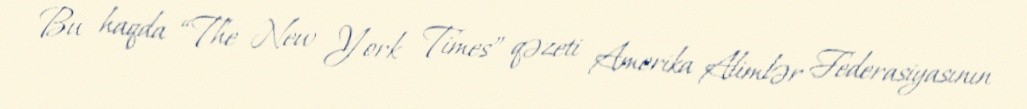
Bu haqda “The New York Times” qəzeti Amerika Alimlər Federasiyasının